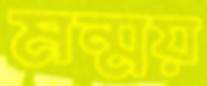
মন্ময়